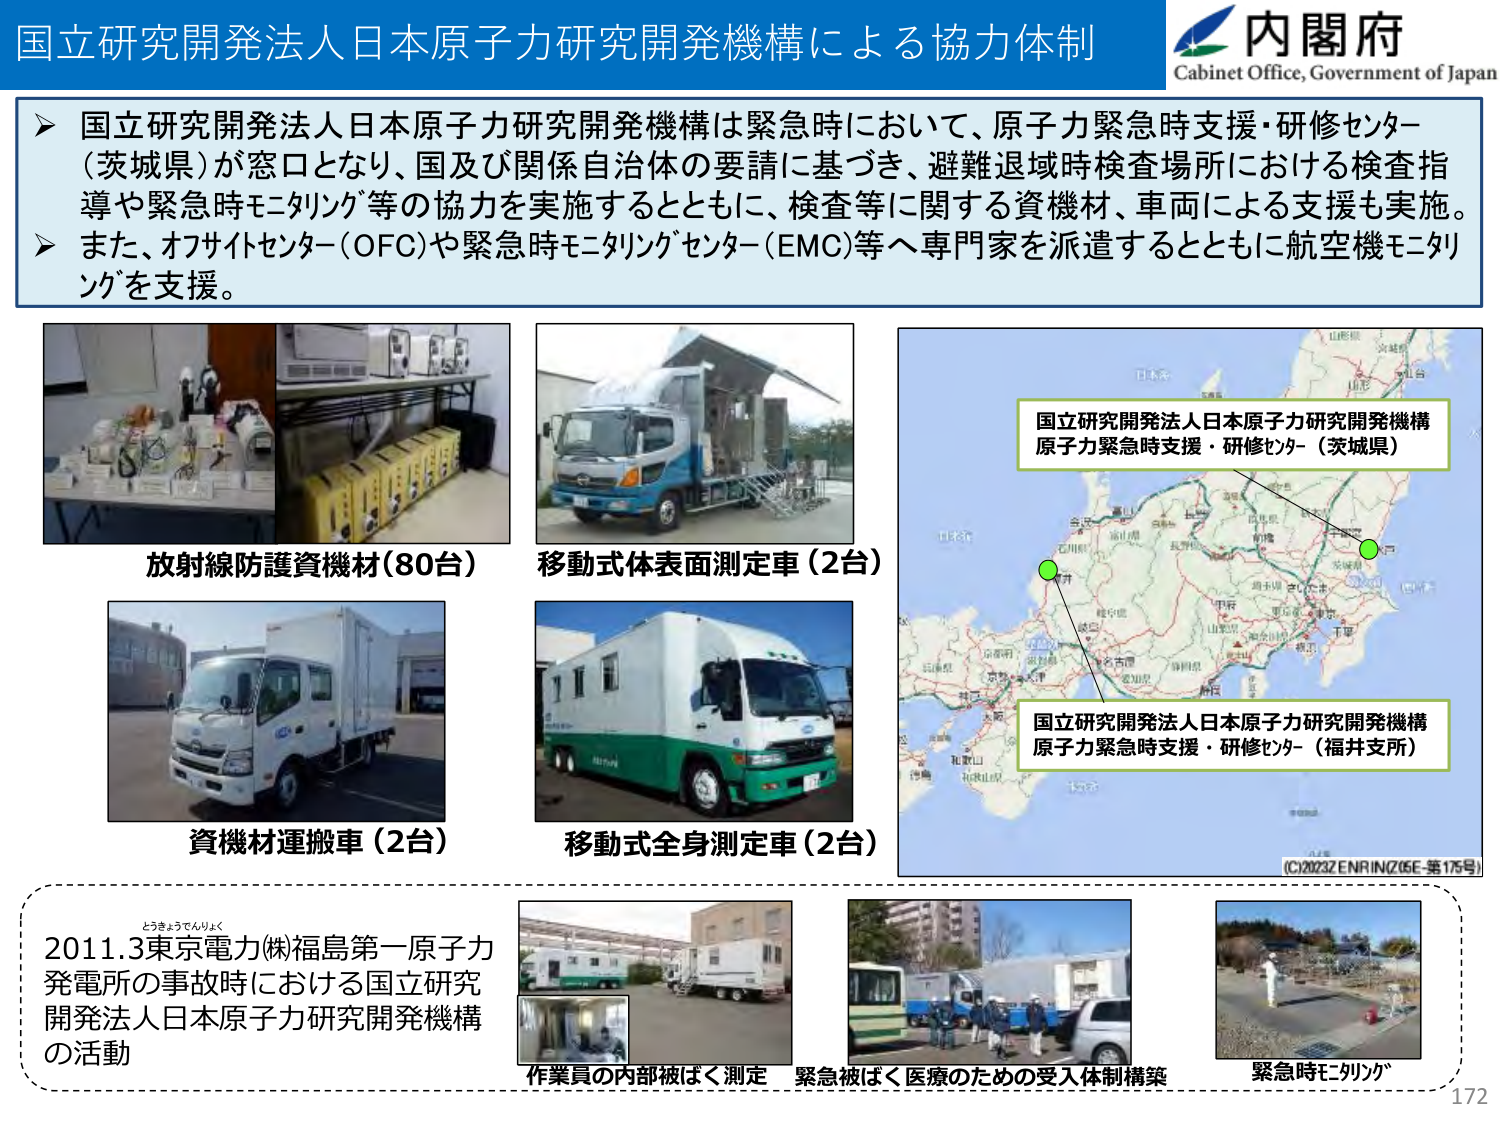
国立研究開発法人日本原子力研究開発機構による協力体制
内閣府
Cabinet Office, Government of Japan

国立研究開発法人日本原子力研究開発機構は緊急時において、原子力緊急時支援・研修センター（茨城県）が窓口となり、国及び関係自治体の要請に基づき、避難退域時検査場所における検査指導や緊急時モニタリング等の協力を実施するとともに、検査等に関する資機材、車両による支援も実施。
また、オフサイトセンター（OFC）や緊急時モニタリングセンター（EMC）等へ専門家を派遣するとともに航空機モニタリングを支援。

放射線防護資機材（80台）
移動式体表面測定車（2台）
資機材運搬車（2台）
移動式全身測定車（2台）

国立研究開発法人日本原子力研究開発機構
原子力緊急時支援・研修センター（茨城県）
国立研究開発法人日本原子力研究開発機構
原子力緊急時支援・研修センター（福井支所）
(C)2023 ZENRIN (ZGE-第175号)

とうきょうでんりょく
2011.3東京電力(株)福島第一原子力発電所の事故時における国立研究開発法人日本原子力研究開発機構の活動
作業員の内部被ばく測定
緊急被ばく医療のための受入体制構築
緊急時モニタリング
172